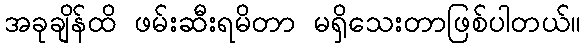
အခုချိန်ထိ ဖမ်းဆီးရမိတာ မရှိသေးတာဖြစ်ပါတယ်။